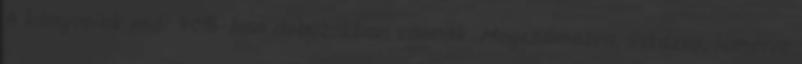
A könyveink már 90%-ban dobozokban vannak. Megszámozva, listázva, lemérve